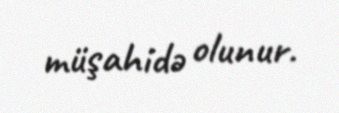
müşahidə olunur.